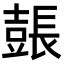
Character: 𨲗